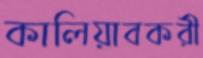
কালিয়াবকরী